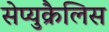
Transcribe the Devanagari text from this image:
सेप्युक्रैलिस